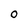
Character: O